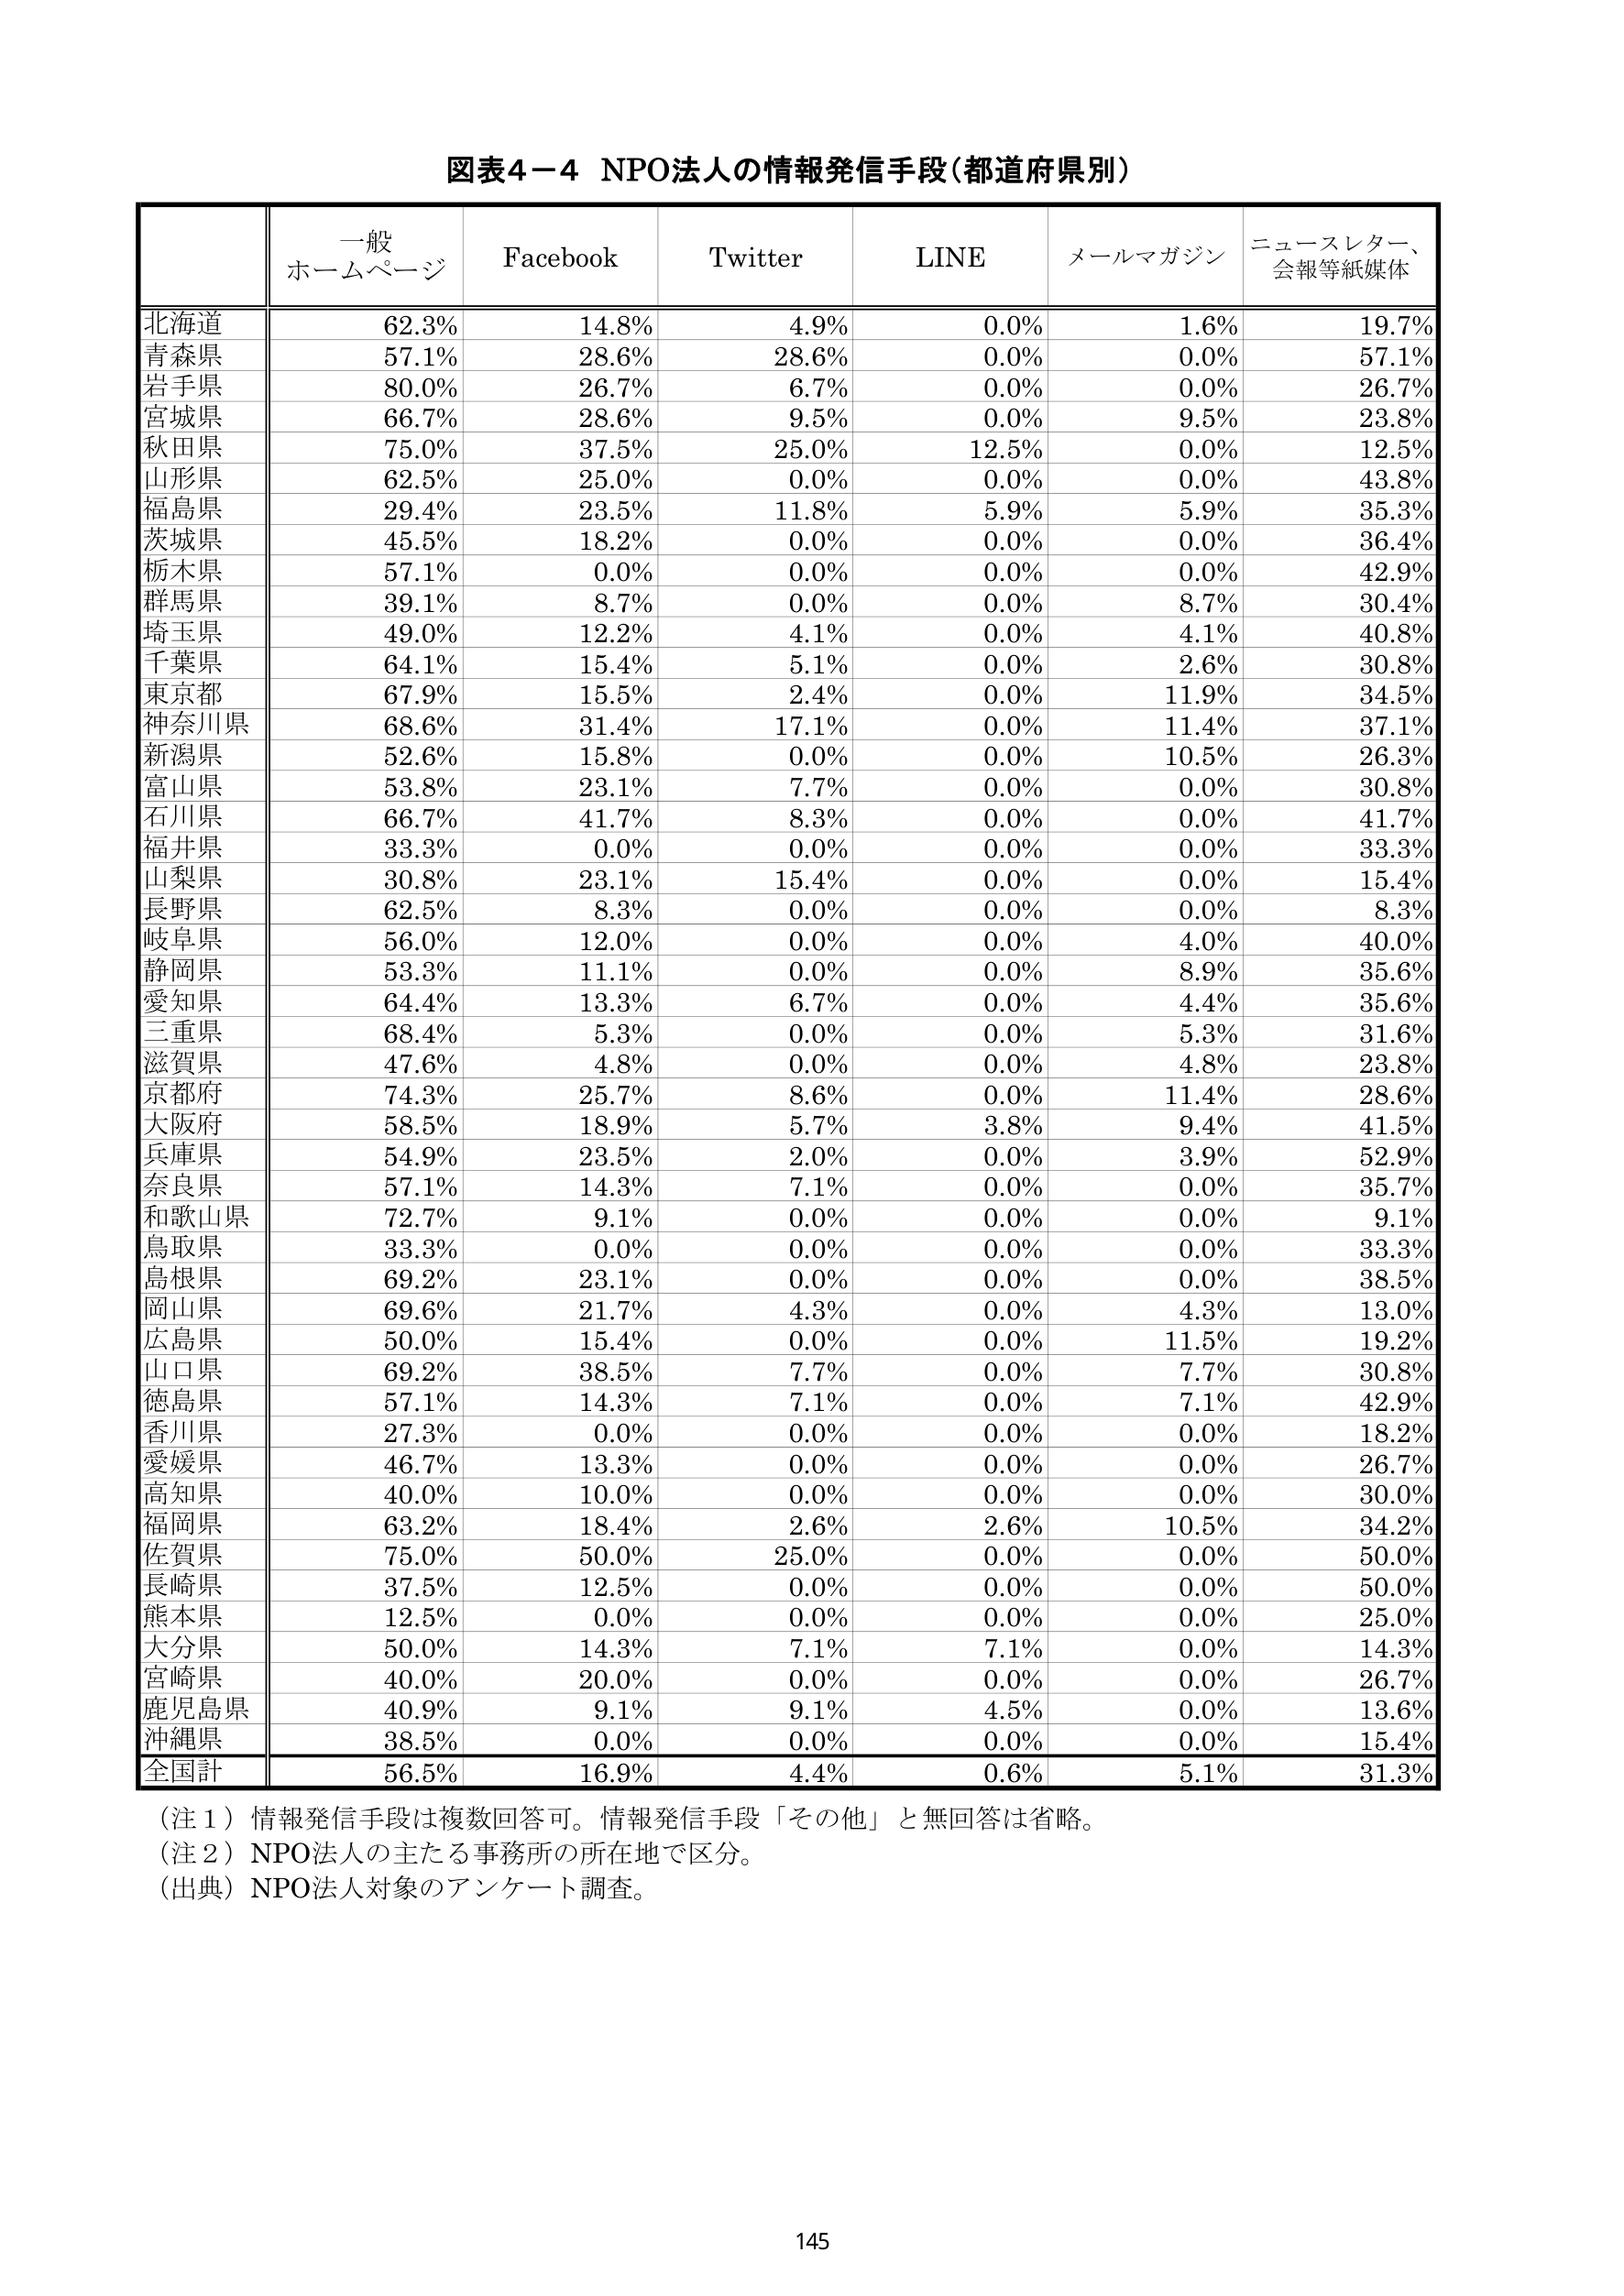
図表4－4 NPO法人の情報発信手段（都道府県別）

一般
ホームページ　Facebook　Twitter　LINE　メールマガジン　ニュースレター、
会報等紙媒体

北海道　62.3%　14.8%　4.9%　0.0%　1.6%　19.7%
青森県　57.1%　28.6%　28.6%　0.0%　0.0%　57.1%
岩手県　80.0%　26.7%　6.7%　0.0%　0.0%　26.7%
宮城県　66.7%　28.6%　9.5%　0.0%　9.5%　23.8%
秋田県　75.0%　37.5%　25.0%　12.5%　0.0%　12.5%
山形県　62.5%　25.0%　0.0%　0.0%　0.0%　43.8%
福島県　29.4%　23.5%　11.8%　5.9%　5.9%　35.3%
茨城県　45.5%　18.2%　0.0%　0.0%　0.0%　36.4%
栃木県　57.1%　0.0%　0.0%　0.0%　0.0%　42.9%
群馬県　39.1%　8.7%　0.0%　0.0%　8.7%　30.4%
埼玉県　49.0%　12.2%　4.1%　0.0%　4.1%　40.8%
千葉県　64.1%　15.4%　5.1%　0.0%　2.6%　30.8%
東京都　67.9%　15.5%　2.4%　0.0%　11.9%　34.5%
神奈川県　68.6%　31.4%　17.1%　0.0%　11.4%　37.1%
新潟県　52.6%　15.8%　0.0%　0.0%　10.5%　26.3%
富山県　53.8%　23.1%　7.7%　0.0%　0.0%　30.8%
石川県　66.7%　41.7%　8.3%　0.0%　0.0%　41.7%
福井県　33.3%　0.0%　0.0%　0.0%　0.0%　33.3%
山梨県　30.8%　23.1%　15.4%　0.0%　0.0%　15.4%
長野県　62.5%　8.3%　0.0%　0.0%　0.0%　8.3%
岐阜県　56.0%　12.0%　0.0%　0.0%　4.0%　40.0%
静岡県　53.3%　11.1%　0.0%　0.0%　8.9%　35.6%
愛知県　64.4%　13.3%　6.7%　0.0%　4.4%　35.6%
三重県　68.4%　5.3%　0.0%　0.0%　5.3%　31.6%
滋賀県　47.6%　4.8%　0.0%　0.0%　4.8%　23.8%
京都府　74.3%　25.7%　8.6%　0.0%　11.4%　28.6%
大阪府　58.5%　18.9%　5.7%　3.8%　9.4%　41.5%
兵庫県　54.9%　23.5%　2.0%　0.0%　3.9%　52.9%
奈良県　57.1%　14.3%　7.1%　0.0%　0.0%　35.7%
和歌山県　72.7%　9.1%　0.0%　0.0%　0.0%　9.1%
鳥取県　33.3%　0.0%　0.0%　0.0%　0.0%　33.3%
島根県　69.2%　23.1%　0.0%　0.0%　0.0%　38.5%
岡山県　69.6%　21.7%　4.3%　0.0%　4.3%　13.0%
広島県　50.0%　15.4%　0.0%　0.0%　11.5%　19.2%
山口県　69.2%　38.5%　7.7%　0.0%　7.7%　30.8%
徳島県　57.1%　14.3%　7.1%　0.0%　7.1%　42.9%
香川県　27.3%　0.0%　0.0%　0.0%　0.0%　18.2%
愛媛県　46.7%　13.3%　0.0%　0.0%　0.0%　26.7%
高知県　40.0%　10.0%　0.0%　0.0%　0.0%　30.0%
福岡県　63.2%　18.4%　2.6%　2.6%　10.5%　34.2%
佐賀県　75.0%　50.0%　25.0%　0.0%　0.0%　50.0%
長崎県　37.5%　12.5%　0.0%　0.0%　0.0%　50.0%
熊本県　12.5%　0.0%　0.0%　0.0%　0.0%　25.0%
大分県　50.0%　14.3%　7.1%　7.1%　0.0%　14.3%
宮崎県　40.0%　20.0%　0.0%　0.0%　0.0%　26.7%
鹿児島県　40.9%　9.1%　9.1%　4.5%　0.0%　13.6%
沖縄県　38.5%　0.0%　0.0%　0.0%　0.0%　15.4%
全国計　56.5%　16.9%　4.4%　0.6%　5.1%　31.3%

（注１）情報発信手段は複数回答可。情報発信手段「その他」と無回答は省略。
（注２）NPO法人の主たる事務所の所在地で区分。
（出典）NPO法人対象のアンケート調査。

145